画像に写った文字を読んでください
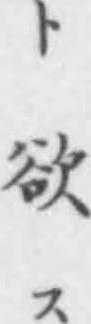
「ト欲ス」と書いてあります